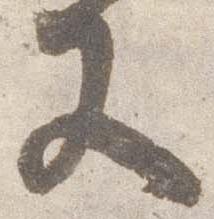
又